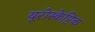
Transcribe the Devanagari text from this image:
यूरोस्केप्टिक